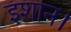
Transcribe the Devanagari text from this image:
इशान।